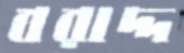
বরাদ্দ